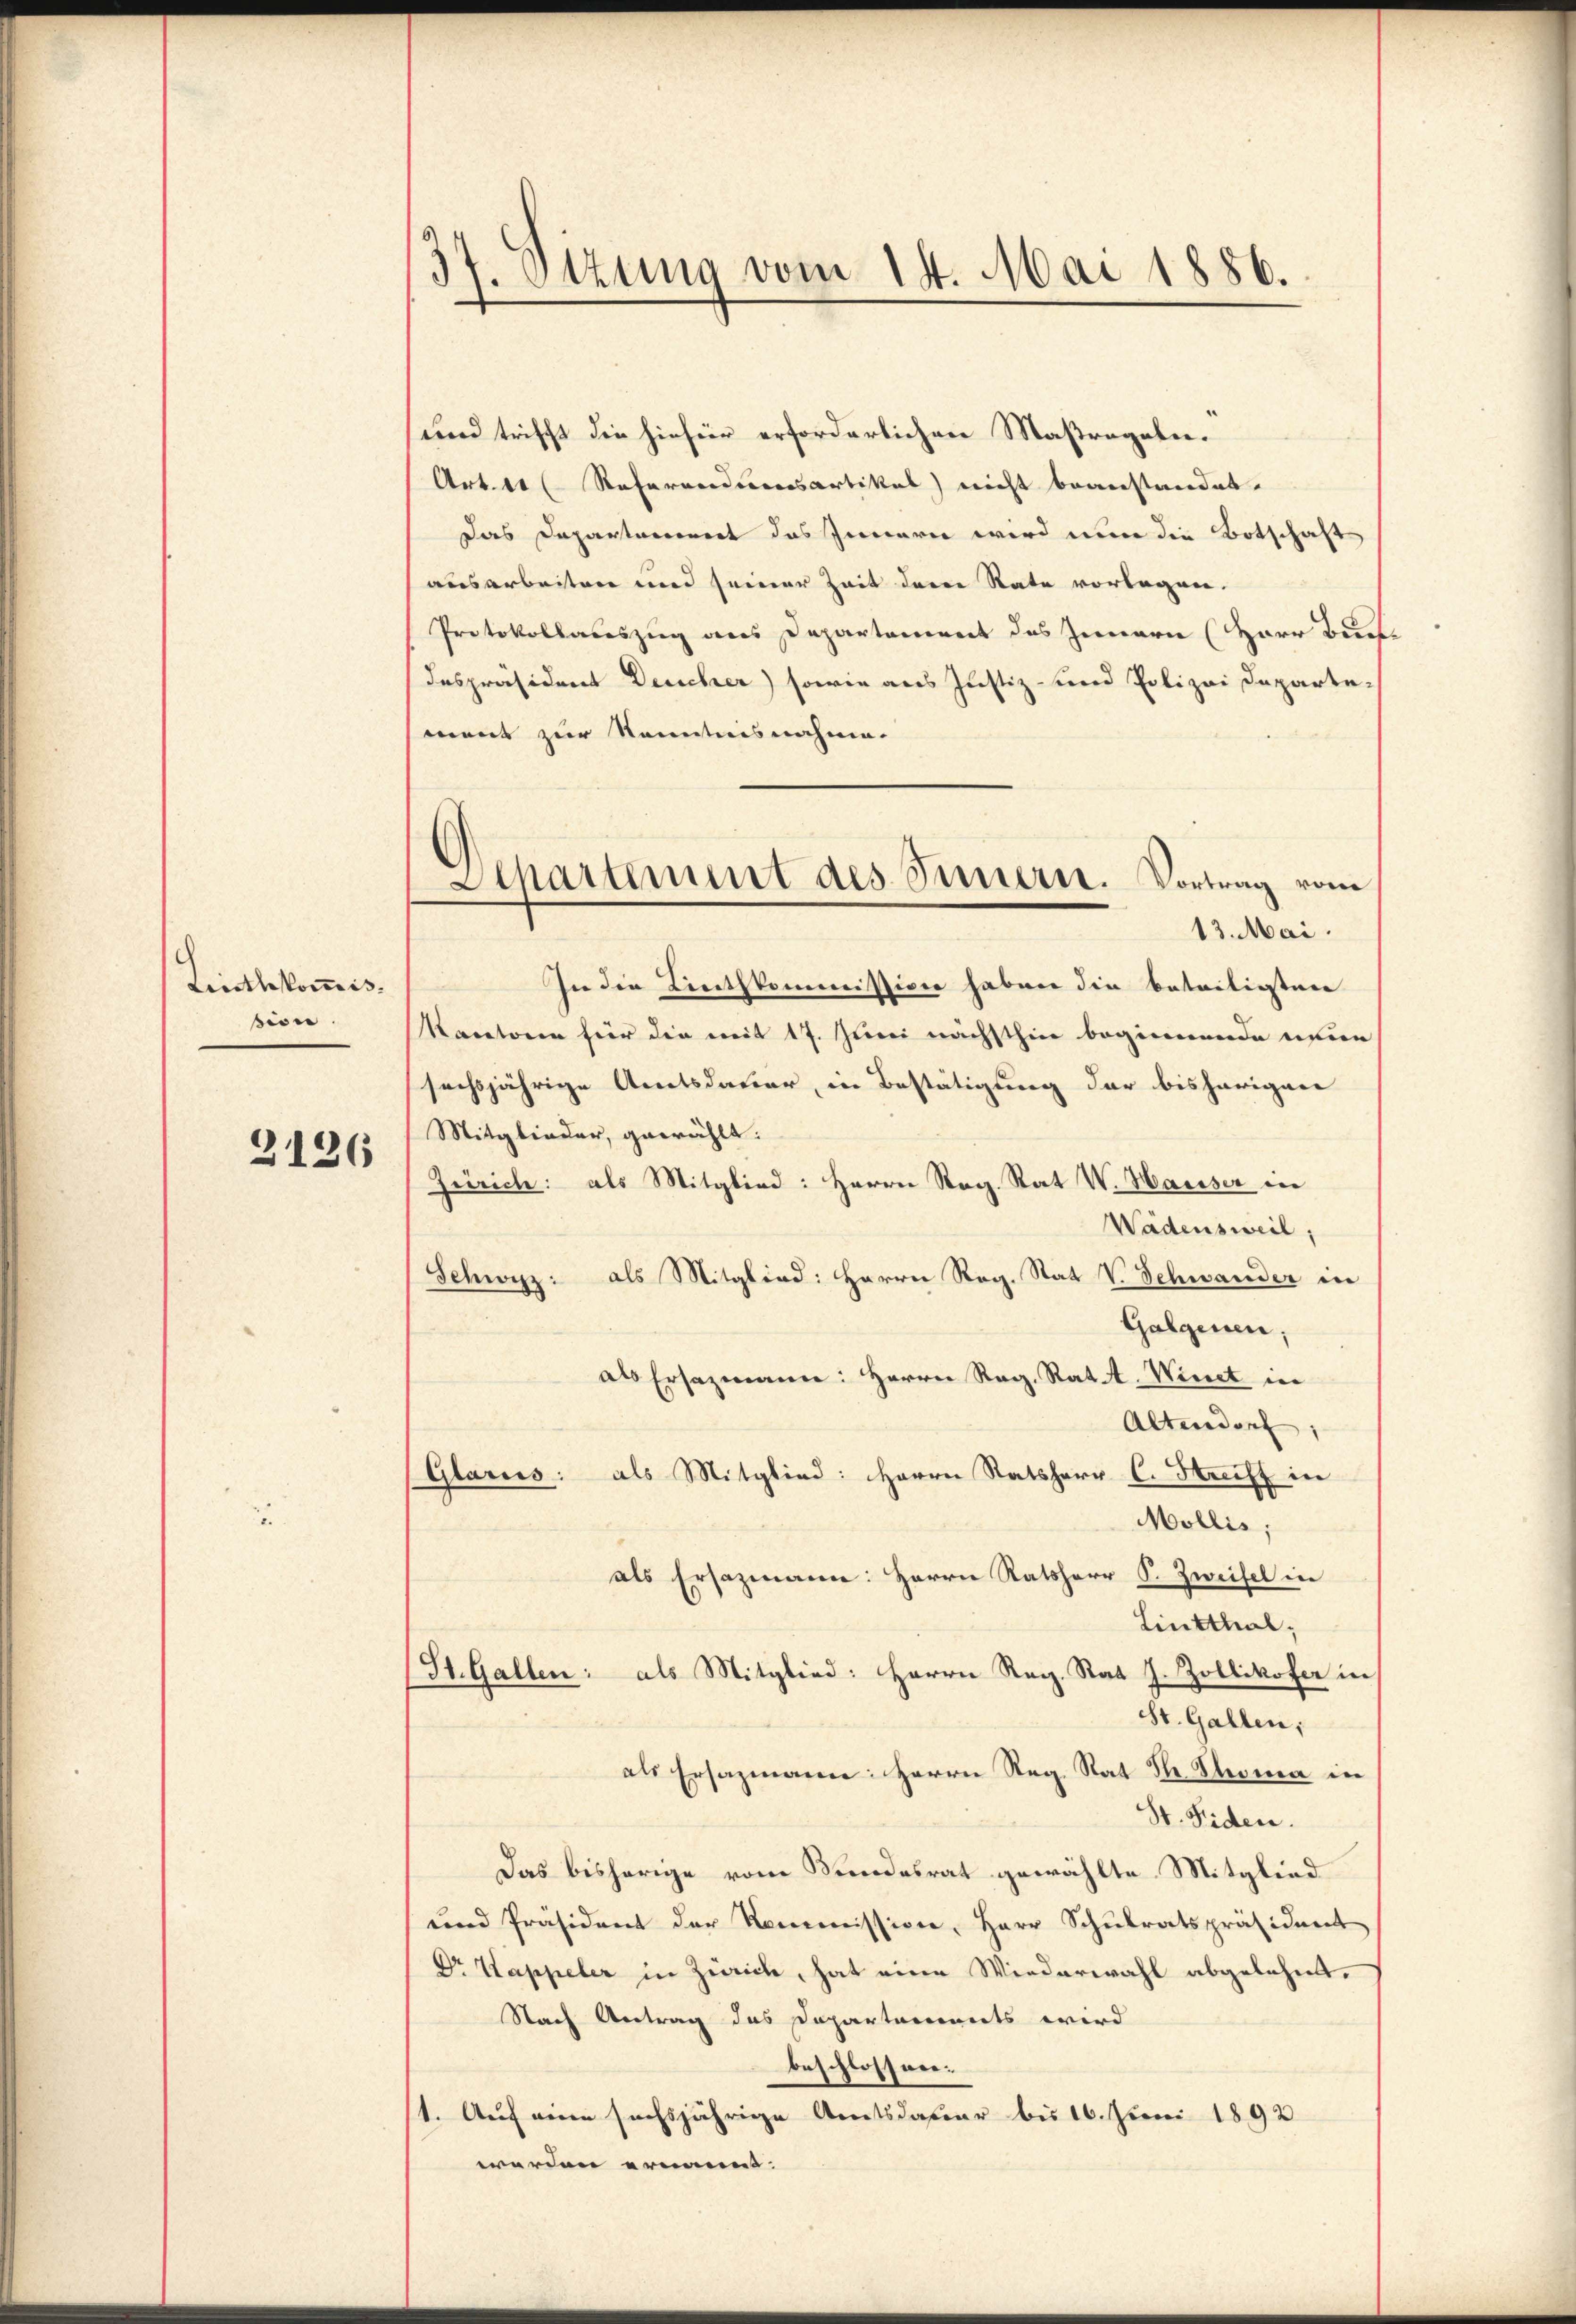
Linthkommis.
sion.
2126

37. Sizung vom 14. Mai 1886.

Departement des Innern. Vortrag vom
13. Mai.

und trifft die hiefür erforderlichen Maßregeln.
Art. 41 (Referandumsartikel nicht beanstandet.
Das Departoniert das Innern wird nun die Botschaft
ausarbeiten und seiner Zeit deren Rate vorlegen.
Protokollauszug aus Departoniert des Innern (Herr Bun
despräsident Deucher) sowie aus Justiz- und Polizei Departemant zur Kenntnisnahme.
In die Linthkommission haben die beteiligsten
Kacetoren für die mit 17. Juni nächsthin beginnende einen
sechsjährige Amtsdauer, in Bestätigung der bisherigen
Mitglieder, gewählt:
Zürich: als Mitglied: Herrn Reg. Rat V. Hauser die
Wädensweil,
Schwyz: als Mitglied: Herrn Reg. Stat V. Schwander in
Galgenen;
als Ersazmann: Herrn Reg. Rat. Wiret in
Altendorf;
(Glarus: als Mitglied: Herrn Ratsherr C. Streift in
Mollis,
als Ersazmann: Herrn Ratsherr S. Zweifel in
Linthal,
St. Gallen: als Mitglied: Herrn Reg. Rat J. Zollikofer in
St. Gallen,
als Ersazmann: Herrn Reg. Rat Dr. Thoma in
St. Fiden.
Das bisherige vom Kundesrat gewählte Mitglied
und Präsident der Kommission, Herr Schŭlratspräsident
Dr Kappeler in Zürich, hat eine Wiederwahl abgelehnt.
Nach Antrag das Departaminets wird
beschlossen.
1. Auf eine sechsjährige Amtsdauer bis 16. Juni 1892
werden ernannt.